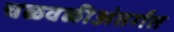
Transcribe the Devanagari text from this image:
चळवळीअंतर्गत